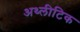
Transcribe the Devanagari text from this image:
अथ्लीटिक